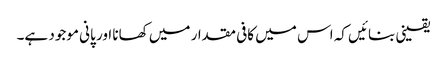
یقینی بنائیں کہ اس میں کافی مقدار میں کھانا اور پانی موجود ہے۔